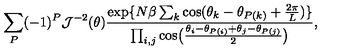
\sum _ { P } ( - 1 ) ^ { P } { \cal J } ^ { - 2 } ( \theta ) { \frac { \exp \{ N \beta \sum _ { k } \cos ( \theta _ { k } - \theta _ { P ( k ) } + { \frac { 2 \pi } { L } } ) \} } { \prod _ { i , j } \cos \bigl ( { \frac { \theta _ { i } - \theta _ { P ( i ) } + \theta _ { j } - \theta _ { P ( j ) } } { 2 } } \bigr ) } } ,